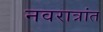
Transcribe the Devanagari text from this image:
नवरात्रांत